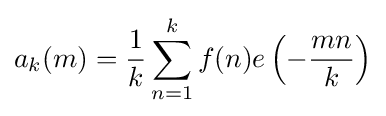
a_{k}(m)={\frac {1}{k}}\sum _{n=1}^{k}f(n)e\left(-{\frac {mn}{k}}\right)